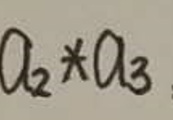
$a_{2}*a_{3}$